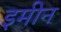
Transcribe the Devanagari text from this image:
इमीन